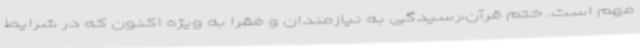
مهم است. ختم قرآن،رسیدگی به نیازمندان و فقرا به ویژه اکنون که در شرایط